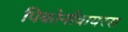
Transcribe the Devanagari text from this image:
पिकोर्नावायरस